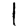
Digit: 1